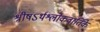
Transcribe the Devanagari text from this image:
श्रीषऽर्थश्लोकवार्तिके